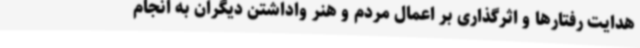
هدایت رفتارها و اثرگذاری بر اعمال مردم و هنر واداشتن دیگران به انجام